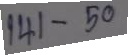
141 - 50